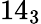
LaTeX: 14_{3}